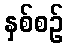
နှစ်စဉ်